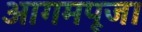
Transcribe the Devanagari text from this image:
आगमपूजा